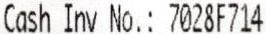
CASH INV NO.: 7028F714